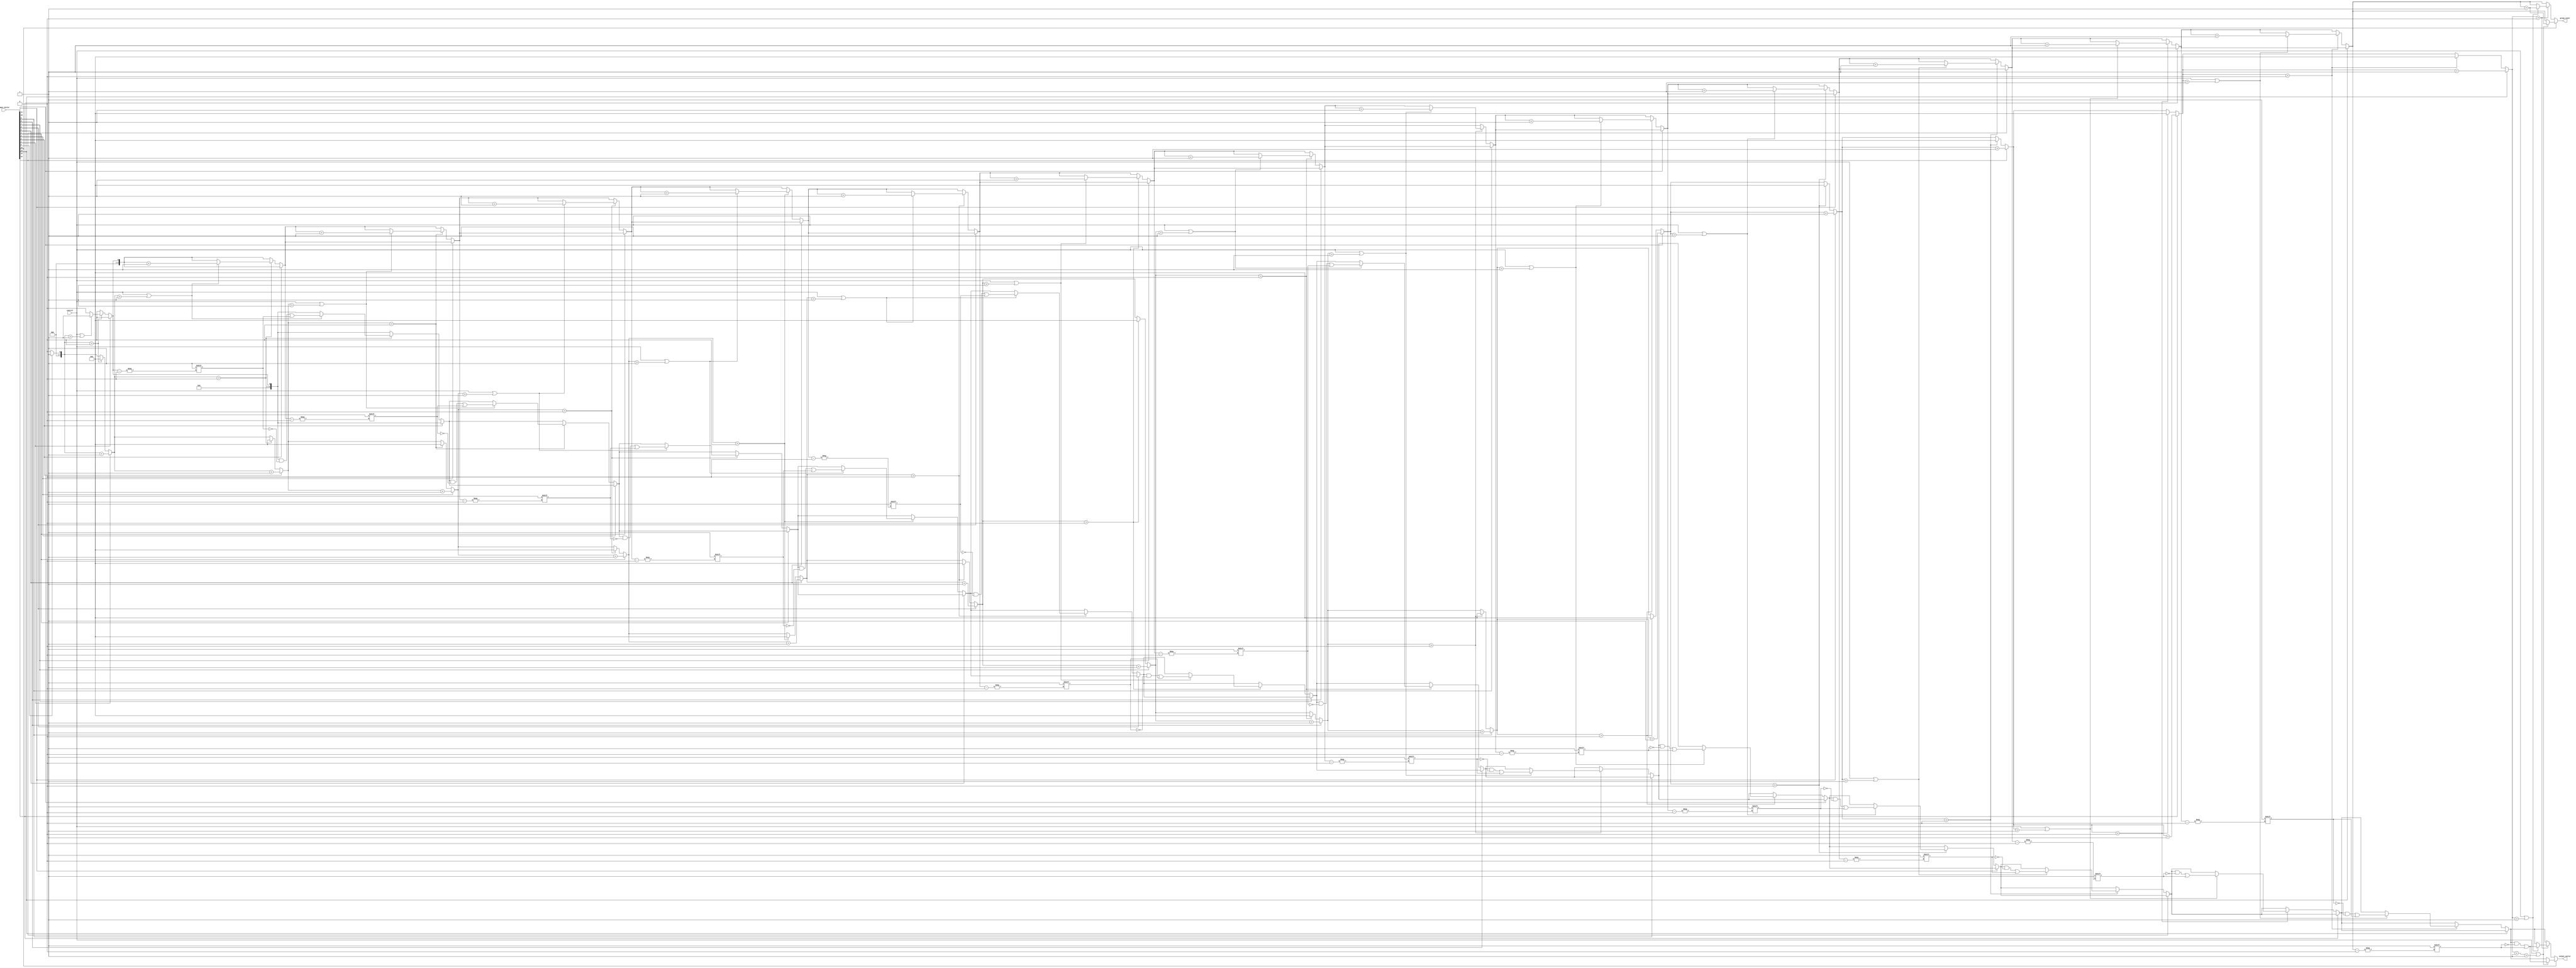
module grouping_of_ones #(
    parameter N = 15,  // Width of the input vector (15:0 means 16 bits)
    parameter M = 15   // Width of the output vector (15:0 means maximum 16 groups)
)(
    input wire [N:0] input_vector,
    input wire control, // Control signal: 1 = include all 1s, 0 = ignore single 1s
    output reg [M:0] output_vector, // Grouped output: format can be modified as per requirement
    output reg [3:0] group_count // Count of groups found
);

    integer i;
    reg [3:0] count; // To count the length of current group of 1s
    reg [M:0] temp_output; // Temporary output for groups representation
    reg [3:0] temp_group_count; // Temporary count of groups

    always @(*) begin
        // Initialize outputs
        temp_output = 0;
        temp_group_count = 0;
        count = 0;

        for (i = 0; i <= N; i = i + 1) begin
            if (input_vector[i] == 1) begin // Start of group of 1s
                count = count + 1;

                // Check if this is the last bit
                if (i == N) begin
                    // Ensure to capture the last group if it ends at the last bit
                    if (control || count > 1) begin
                        temp_output[temp_group_count] = 1; // Mark the group
                        temp_group_count = temp_group_count + 1; // Increment group count
                    end
                end
            end else begin // Transition from 1 to 0
                if (count > 0) begin
                    if (control || count > 1) begin
                        temp_output[temp_group_count] = 1; // Mark the group
                        temp_group_count = temp_group_count + 1; // Increment group count
                    end
                    count = 0; // Reset count for the next group
                end
            end
        end
        
        // Assign the results to output registers
        output_vector = temp_output;
        group_count = temp_group_count;
    end

endmodule